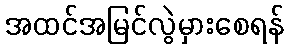
အထင်အမြင်လွဲမှားစေရန်